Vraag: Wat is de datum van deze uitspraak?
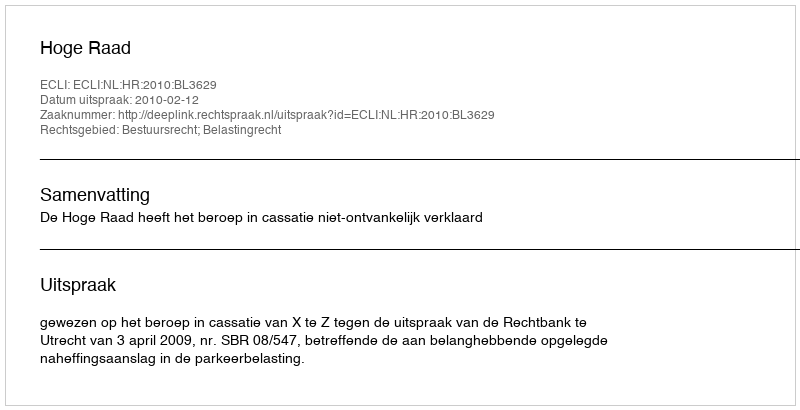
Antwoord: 2010-02-12